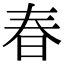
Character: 春